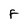
Character: F